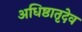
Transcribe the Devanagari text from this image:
अधिष्ठातृदेव